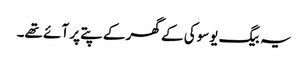
یہ بیگ یوسوکی کے گھر کے پتے پر آئے تھے۔